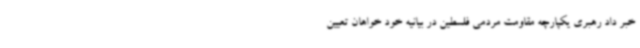
خبر داد رهبری یکپارچه مقاومت مردمی فلسطین در بیانیه خود خواهان تعیین